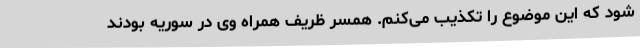
شود که این موضوع را تکذیب می‌کنم. همسر ظریف همراه وی در سوریه بودند